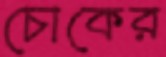
চোকের